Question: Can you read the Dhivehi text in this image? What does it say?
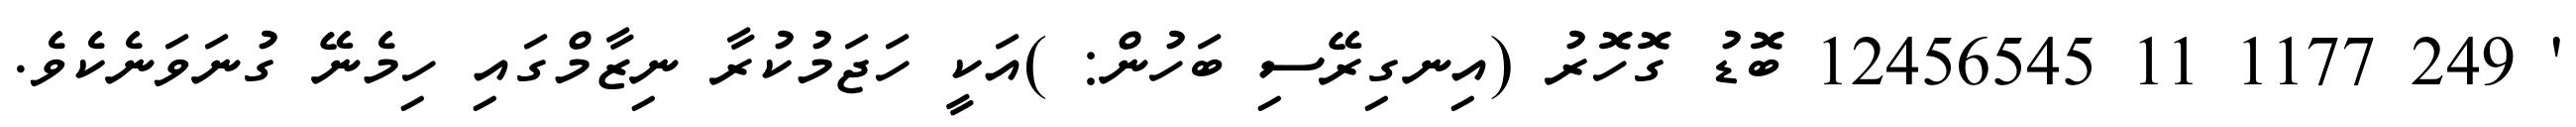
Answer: ' 249 1177 11 12456545 ބޮޑު ގޮހޮރު (އިނގިރޭސި ބަހުން: )އަކީ ހަޖަމުކުރާ ނިޒާމްގައި ހިމެނޭ ގުނަވަނެކެވެ.